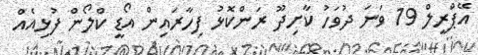
އޭޕްރީލް 19 ވަނަ ދުވަހު ކާށިދޫ ރަންކޮޅު ފިހާރައިން އޯޑީ ކްލޯން ފުޅިއެއް